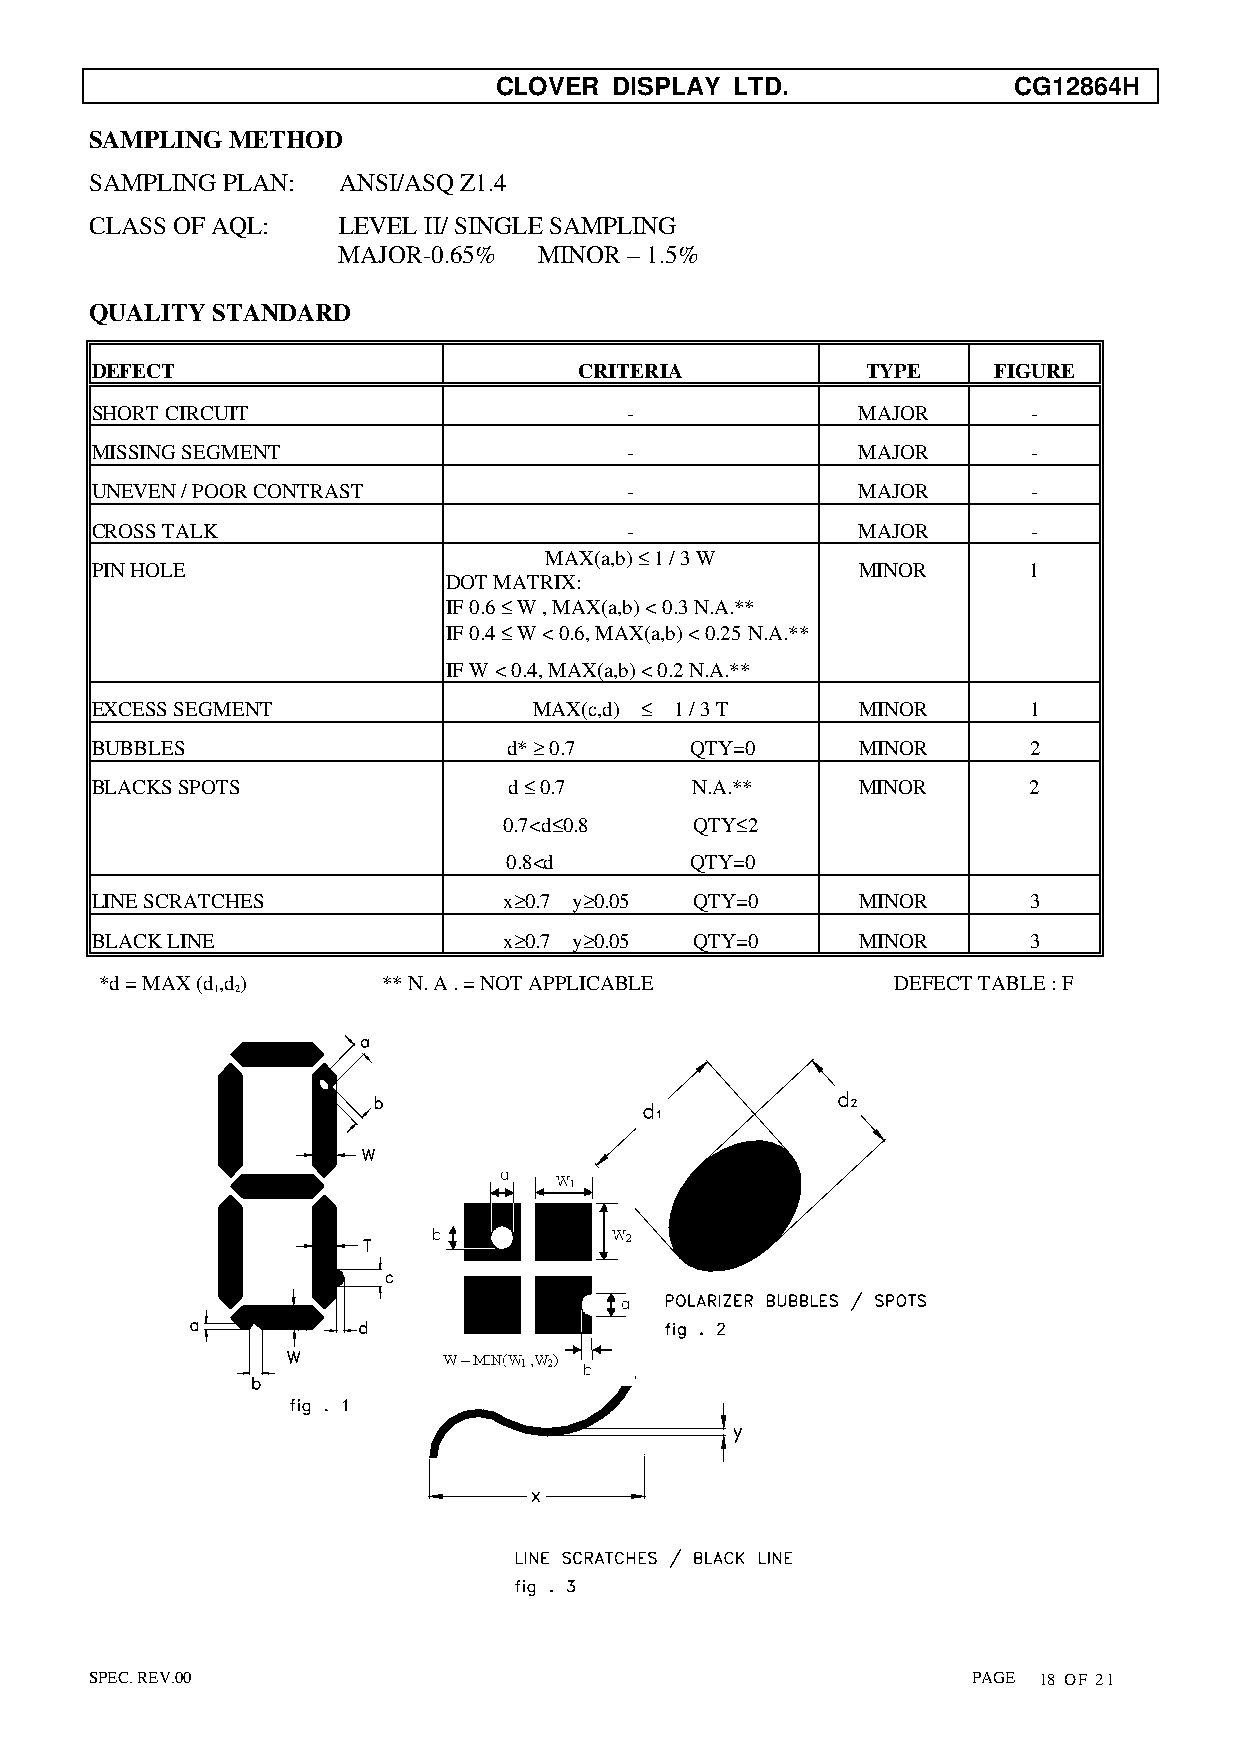
CLOVER  DISPLAY LTD.              CG12864H
 SAMPLING METHOD
 SAMPLING PLAN:  ANSI/ASQ Z1.4
 CLASS OF AQL:   LEVEL II/ SINGLE SAMPLING
 MAJOR-0.65%   MINOR – 1.5%
 QUALITY STANDARD
 DEFECT                          CRITERIA           TYPE     FIGURE
 SHORT CIRCUIT                       -              MAJOR      -
 MISSING SEGMENT                     -              MAJOR      -
 UNEVEN / POOR CONTRAST              -              MAJOR      -
 CROSS TALK                          -              MAJOR      -
 MAX(a,b) ≤ 1 / 3 W
 PIN HOLE                                           MINOR      1
 DOT MATRIX:
 IF 0.6 ≤ W , MAX(a,b) < 0.3 N.A.**
 IF 0.4 ≤ W < 0.6, MAX(a,b) < 0.25 N.A.**
 IF W < 0.4, MAX(a,b) < 0.2 N.A.**
 EXCESS SEGMENT               MAX(c,d) ≤ 1 / 3 T    MINOR      1
 BUBBLES                     d* ≥ 0.7    QTY=0      MINOR      2
 BLACKS SPOTS                d ≤ 0.7     N.A.**     MINOR      2
 0.7<d≤0.8    QTY≤2
 0.8<d       QTY=0
 LINE SCRATCHES             x≥0.7 y≥0.05 QTY=0      MINOR      3
 BLACK LINE                 x≥0.7 y≥0.05 QTY=0      MINOR      3
 *d = MAX (d,d)    ** N. A . = NOT APPLICABLE        DEFECT TABLE : F
 1 2
 SPEC. REV.00                                              PAGE 18 OF 21